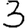
Digit: 3